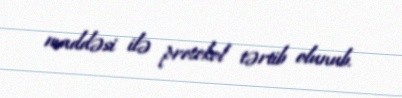
maddəsi ilə protokol tərtib olunub.